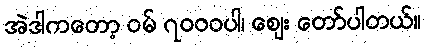
အဲဒါကတော့ ဝမ် ၇၀၀၀ပါ၊ ဈေး တော်ပါတယ်။